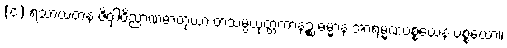
(င) ရသာယတနံ ဇိဝှါဝိညာဏဓာတုယာ တံသမ္ပယုတ္တကာနဉ္စ ဓမ္မာနံ အာရမ္မဏပစ္စယေန ပစ္စယော။